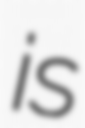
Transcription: is